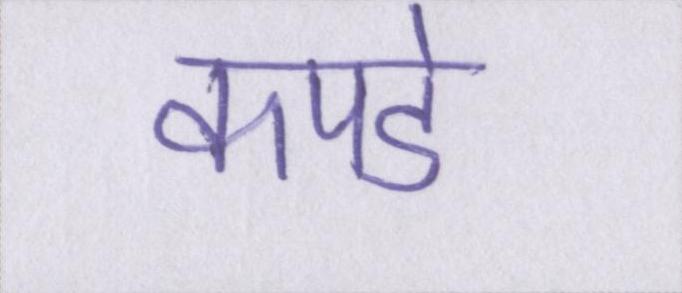
कपडे